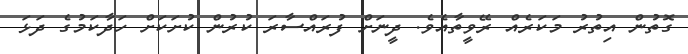
ގޮތުން އިތުރު މަކަރެއް ރޭވީތާއެވެ. ދީނަށް ފުރައްސާރަ ކުރުން ކުށަކަށް ހަދާކަމުގެ ދަޅަ